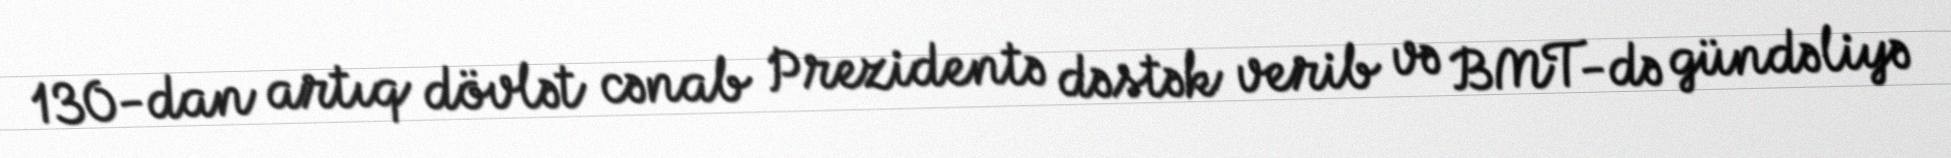
130-dan artıq dövlət cənab Prezidentə dəstək verib və BMT-də gündəliyə